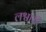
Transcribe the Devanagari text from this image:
लश्वारी